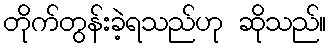
တိုက်တွန်းခဲ့ရသည်ဟု ဆိုသည်။